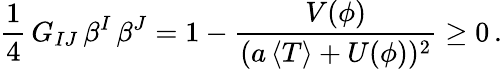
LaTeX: {\frac{1}{4}}\, G_{IJ}\, \beta^{I}\, \beta^{J}=1-{\frac{V(\phi)}{(a\, \langle T\rangle+U(\phi))^{2}}}\geq 0\, .